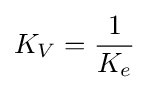
K_{V}={1 \over K_{e}}